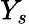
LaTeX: Y_{s}